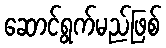
ဆောင်ရွက်မည်ဖြစ်